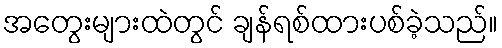
အတွေးများထဲတွင် ချန်ရစ်ထားပစ်ခဲ့သည်။